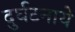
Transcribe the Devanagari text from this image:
दुर्घटनाये